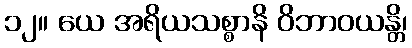
၁၂။ ယေ အရိယသစ္စာနိ ဝိဘာဝယန္တိ၊